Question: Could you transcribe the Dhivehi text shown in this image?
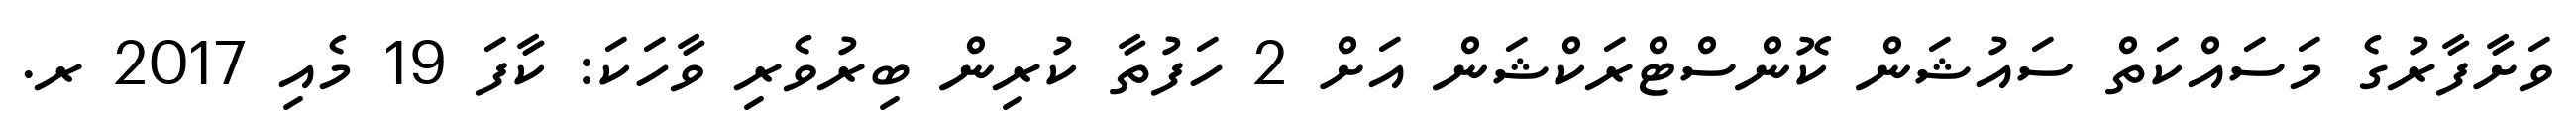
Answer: ވަށާފާރުގެ މަސައްކަތް ސައުޝަން ކޮންސްޓްރަކްޝަން އަށް 2 ހަފުތާ ކުރިން ބިރުވެރި ވާހަކަ: ކާފަ 19 މެއި 2017 ރ.